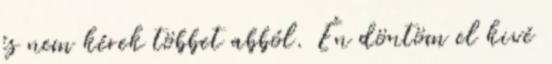
és nem kérek többet abból. Én döntöm el kivé